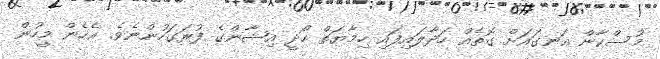
މުސްކާން އަނގައަށް ގޮތެއް ހަދާލައިފައި ހިމާޔަތް ހޯދީ އިޝާންގެ ފުރަގަހުންނެވެ. އެހެން މީހުން